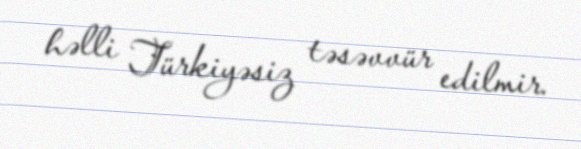
həlli Türkiyəsiz təsəvvür edilmir.